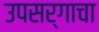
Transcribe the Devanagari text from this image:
उपसर्गाचा